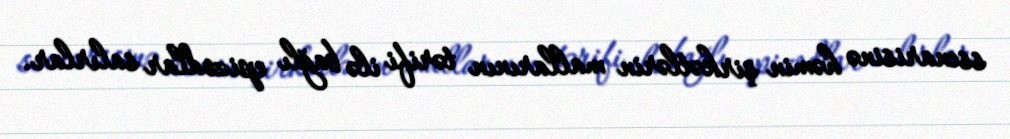
ssenarisinə həmin şirkətlərin mallarının tərifi ilə bağlı epizodlar salırlar.